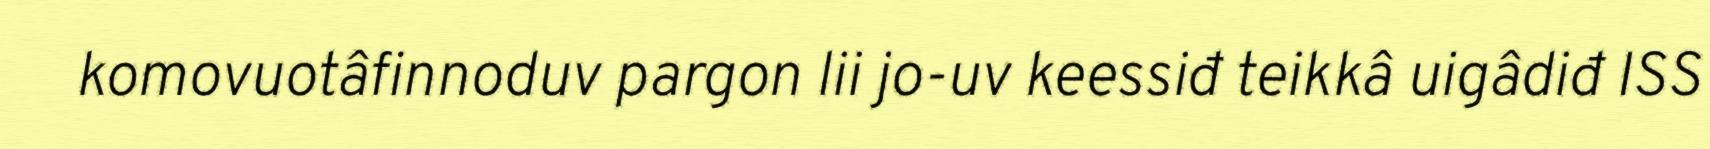
komovuotâfinnoduv pargon lii jo-uv keessiđ teikkâ uigâdiđ ISS